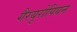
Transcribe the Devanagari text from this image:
गैरयुरोपियन